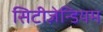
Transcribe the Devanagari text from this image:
सिटीज़ेन्डियम